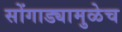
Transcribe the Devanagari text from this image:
सोंगाड्यामुळेच